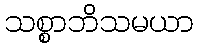
သစ္စာဘိသမယာ